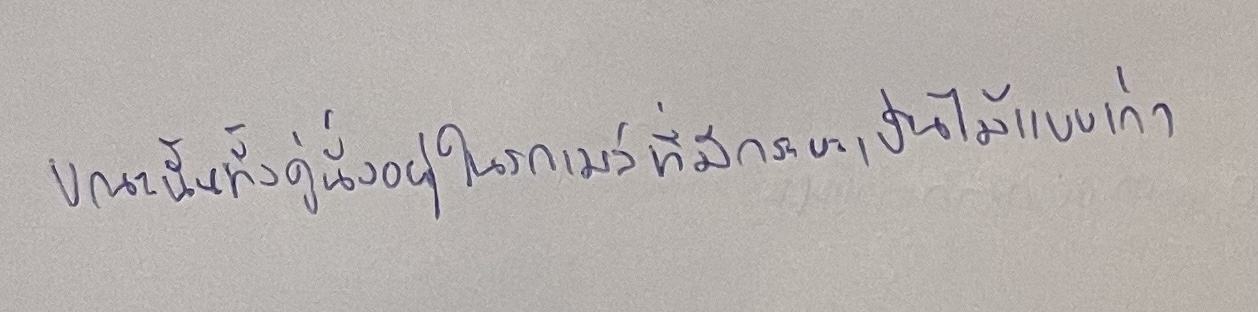
ขณะนั้นทั้งคู่นั่งอยู่ในรถเมล์ที่มีกระบะเป็นไม้แบบเก่า